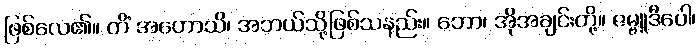
ဖြစ်လေ၏။ ကိံ အဟောသိ၊ အဘယ်သို့ဖြစ်သနည်း။ ဘော၊ အိုအချင်းတို့။ ဇမ္ဗူဒီပေါ၊